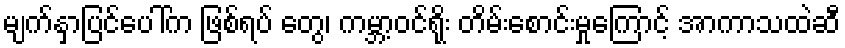
မျက်နှာပြင်ပေါ်က ဖြစ်ရပ် တွေ၊ ကမ္ဘာ့ဝင်ရိုး တိမ်းစောင်းမှုကြောင့် အာကာသထဲဆီ